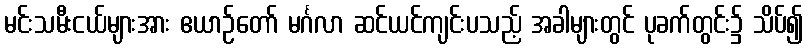
မင်းသမီးငယ်များအား ဧယာဉ်တော် မင်္ဂလာ ဆင်ယင်ကျင်းပသည့် အခါများတွင် ပုခက်တွင်း၌ သိပ်၍